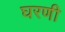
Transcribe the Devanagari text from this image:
घरणी